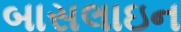
બાસલાઇન